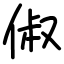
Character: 俶